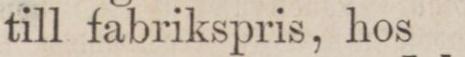
till fabrikspris, hos